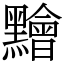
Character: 䵳